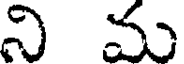
ని మ